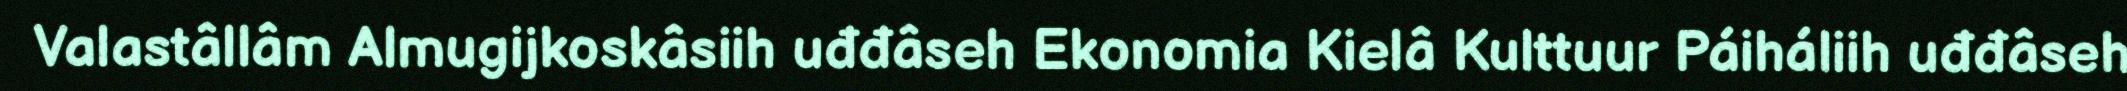
Valastâllâm Almugijkoskâsiih uđđâseh Ekonomia Kielâ Kulttuur Páiháliih uđđâseh